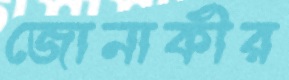
জোনাকীর